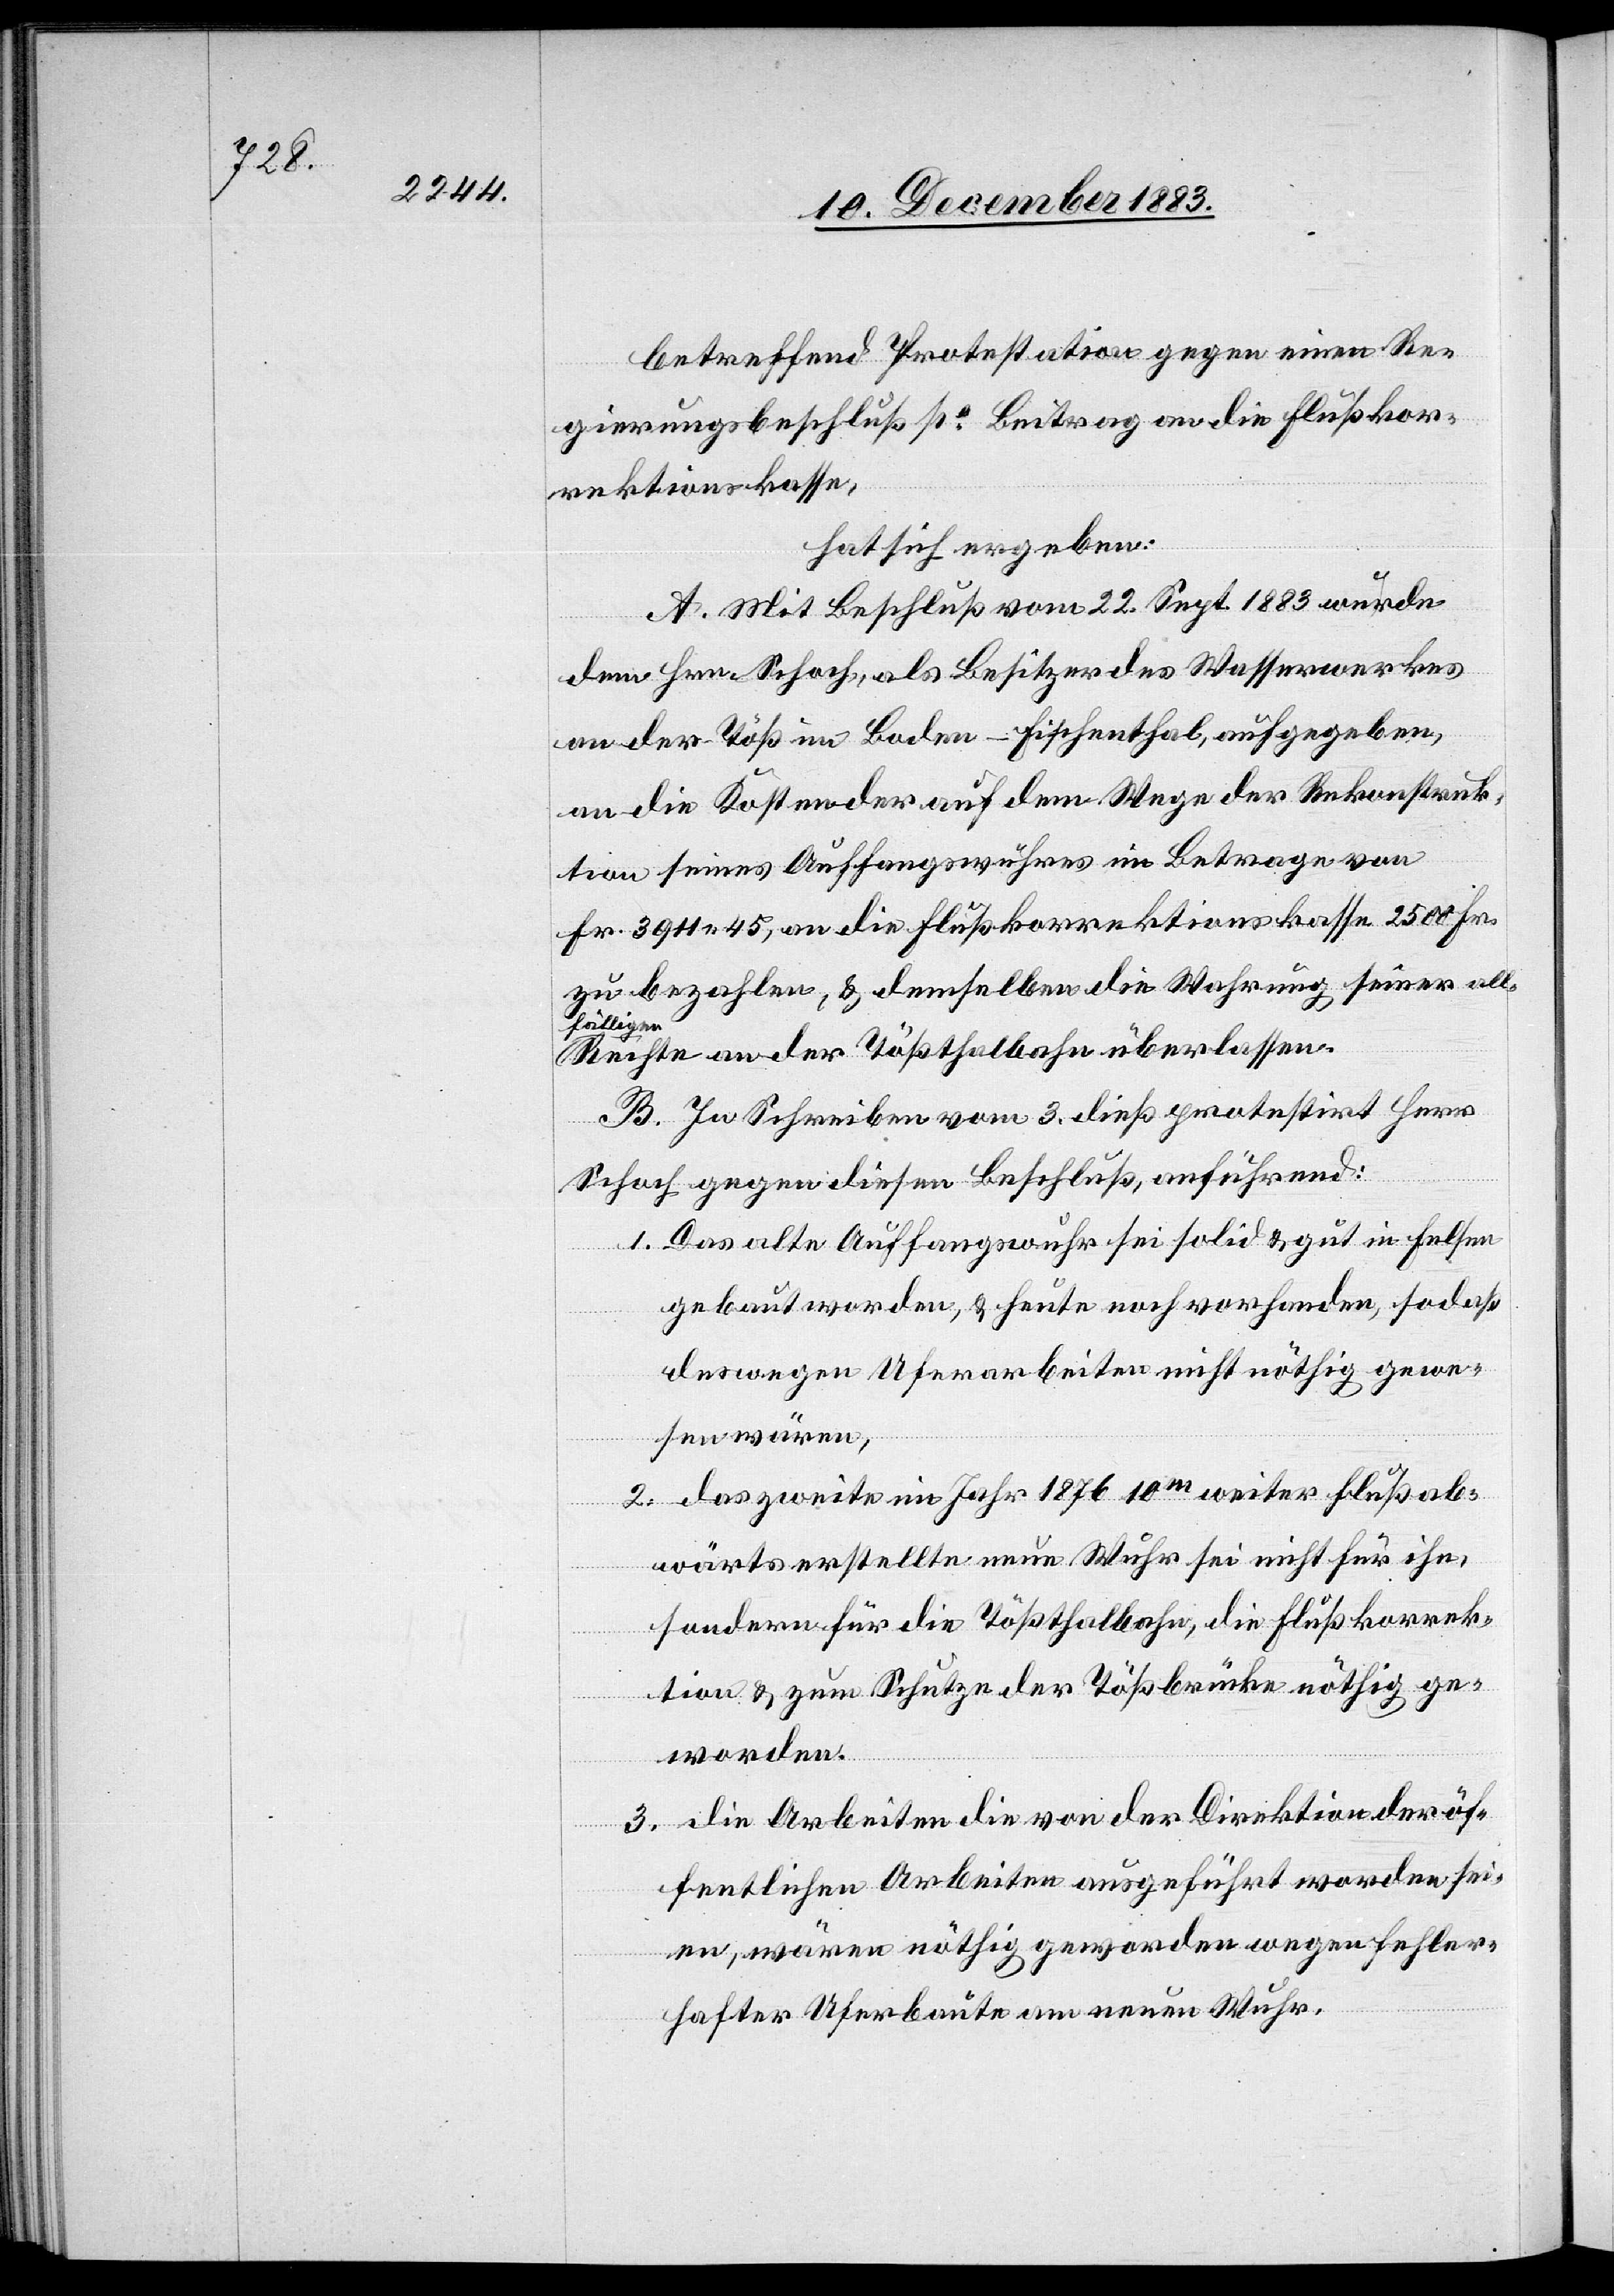
betreffend Protestation gegen einen Re¬
gierungsbeschluß po Beitrag an die Flußkor¬
rektionskasse,
hat sich ergeben:
A. Mit Beschluß vom 22. Sept. 1883 wurde
dem Hrn. Schoch, als Besitzer des Wasserwerkes
an der Töß im Boden - Fischenthal, aufgegeben,
an die Kosten der auf dem Wege der Rekonstruk¬
tion seines Auffangswuhres im Betrage von
Fr. 3911 45, an die Flußkorrektionskasse 2500 Fr.
zu bezahlen, & demselben die Wahrung seiner all¬
fälligen
Rechte an der Tößthalbahn überlassen.
B. In Schreiben vom 3. dieß protestirt Herr
Schoch gegen diesen Beschluß, anführend:
1. Das alte Auffangswuhr sei solid & gut in Felsen
gebaut worden, & heute noch vorhanden, so daß
deswegen Uferarbeiten nicht nöthig gewe¬
sen wären,
2. das zweite im Jahr 1876 10m weiter flußab¬
wärts erstellte neue Wuhr sei nicht für ihn,
sondern für die Tößthalbahn, die Flußkorrek¬
tion & zum Schutze der Tößbrücke nöthig ge¬
worden.
3. die Arbeiten die von der Direktion der öf¬
fentlichen Arbeiten ausgeführt worden sei¬
en, wären [sic!] nöthig geworden wegen fehler¬
hafter Uferbaute am neuen Wuhr.